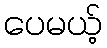
ပေမယ့်